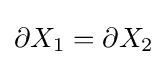
\partial X_{1}=\partial X_{2}